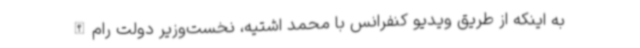
به اینکه از طریق ویدیو کنفرانس با محمد اشتیه، نخست‌وزیر دولت رام‌الله